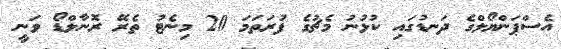
އެސްޕަންޔޯލްގެ ދަނޑުގައި ކުޅުނު މެޗުގެ ފުރަތަމަ 20 މިނެޓު ތެރޭ ރޮނާލްޑޯ ވަނީ